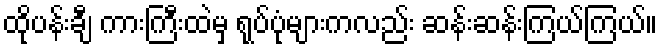
ထိုပန်းချီ ကားကြီးထဲမှ ရုပ်ပုံများကလည်း ဆန်းဆန်းကြယ်ကြယ်။